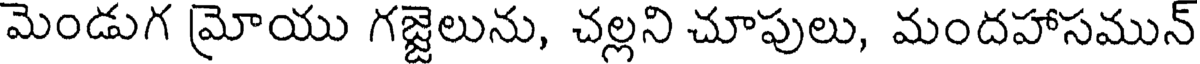
మెండుగ మ్రోయు గజ్జెలును, చల్లని చూపులు, మందహాసమున్